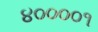
૪૦૦૦૦૧